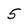
Character: 5